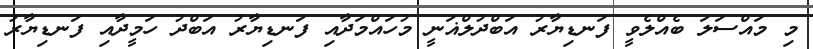
މި މައްސަލަ ބެއްލެވީ ފަނޑިޔާރު އަބްދުލްޣަނީ މުހައްމަދާއި ފަނޑިޔާރު އަބްދު ހަމީދާއި ފަނޑިޔާރު